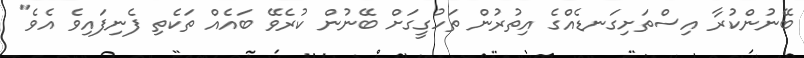
ބޭނުންކުރާ އިސްތަށިގަނޑެއްގެ އިތުރުން ތަހުގީގަށް ބޭނުން ކުރެވޭ ބައެއް ތަކެތި ފެނިފައިވެ އެވެ"